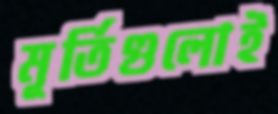
মূর্তিগুলোই